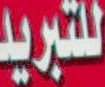
للتبريد